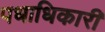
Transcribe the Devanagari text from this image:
पधाधिकारी